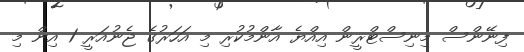
ފިނޭންސް މިނިސްޓްރީން އިއްޔެ އާންމުކުރި މި އަހަރުގެ ޖެނުއަރީ 1 އިން މި